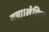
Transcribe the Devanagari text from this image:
गया।लेकिन